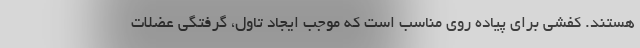
هستند. کفشی برای پیاده روی مناسب است که موجب ایجاد تاول، گرفتگی عضلات